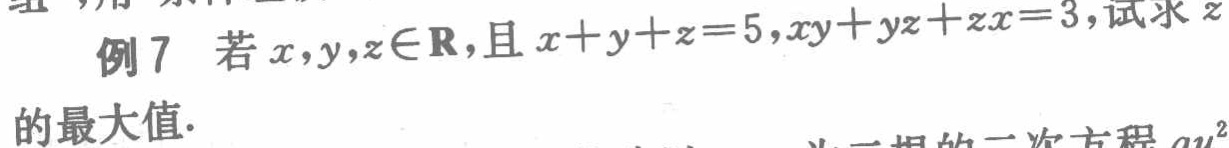
例7 若$x,y,z\in\mathbf{R}$，且$x + y + z = 5$，$xy + yz + zx = 3$，试求$z$的最大值.